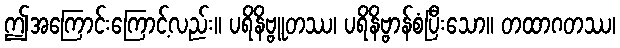
ဤအကြောင်းကြောင့်လည်း။ ပရိနိဗ္ဗူတဿ၊ ပရိနိဗ္ဗာန်စံပြီးသော။ တထာဂတဿ၊